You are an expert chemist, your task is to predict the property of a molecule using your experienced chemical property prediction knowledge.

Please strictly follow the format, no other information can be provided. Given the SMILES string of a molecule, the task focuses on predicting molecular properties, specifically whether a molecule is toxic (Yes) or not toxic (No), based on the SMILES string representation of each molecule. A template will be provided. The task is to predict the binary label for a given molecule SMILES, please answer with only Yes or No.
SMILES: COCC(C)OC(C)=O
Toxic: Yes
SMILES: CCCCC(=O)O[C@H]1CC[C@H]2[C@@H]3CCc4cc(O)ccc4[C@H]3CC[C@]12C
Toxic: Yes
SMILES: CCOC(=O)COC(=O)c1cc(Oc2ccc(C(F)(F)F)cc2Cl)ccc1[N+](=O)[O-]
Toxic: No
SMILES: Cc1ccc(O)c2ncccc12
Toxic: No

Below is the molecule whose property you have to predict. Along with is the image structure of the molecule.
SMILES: CC/C(=C(\c1ccccc1)c1ccc(OCCN(C)C)cc1)c1ccccc1.O=C(O)CC(O)(CC(=O)O)C(=O)O
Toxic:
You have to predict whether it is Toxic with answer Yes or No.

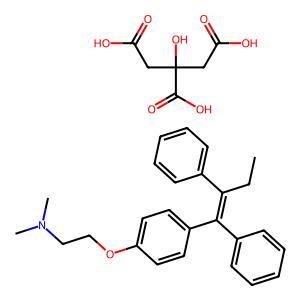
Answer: No